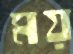
ময়